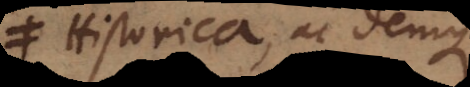
Historica, ac denique